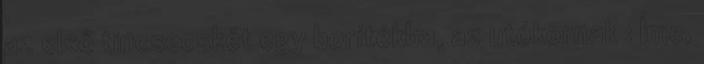
az első tincsecskét egy borítékba, az utókornak : Íme,